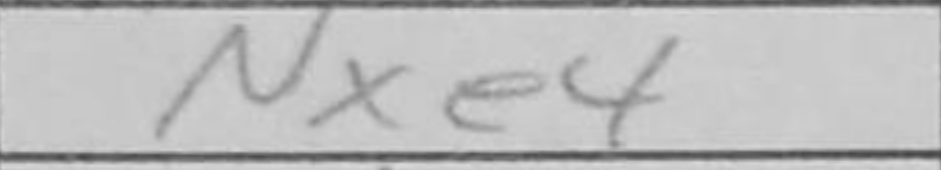
Transcription: Nxe4